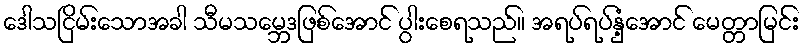
ဒေါသငြိမ်းသောအခါ သီမသမ္ဘေဒဖြစ်အောင် ပွါးစေရသည်။ အရပ်ရပ်နှံ့အောင် မေတ္တာမြင်း